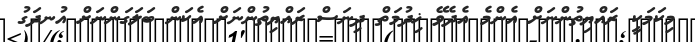
މިކަމަކީ ރައްޔިތުންނަށް އެންމެ އެދެވޭ ޚިދުމަތް ދިނަސް ރައްޔިތުންނަށް އެކަން ބަލަގަންނަށް އުނދަގު